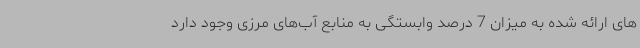
های ارائه شده به میزان 7 درصد وابستگی به منابع آب‌های مرزی وجود دارد